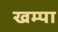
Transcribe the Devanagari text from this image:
खम्पा